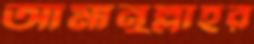
আমানুল্লাহর